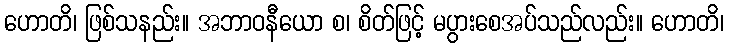
ဟောတိ၊ ဖြစ်သနည်း။ အဘာဝနီယော စ၊ စိတ်ဖြင့် မပွားစေအပ်သည်လည်း။ ဟောတိ၊